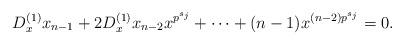
LaTeX: \begin{align*}D_x^{(1)}x_{n-1}+2D_x^{(1)}x_{n-2}x^{p^{s_j}}+\cdots+(n-1)x^{(n-2)p^{s_j}}=0.\end{align*}